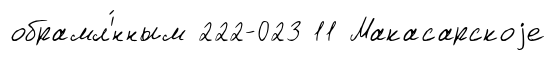
обрамл'́нным 222-023 11 Макасарскоjе